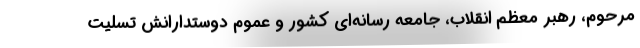
مرحوم، رهبر معظم انقلاب، جامعه رسانه‌ای کشور و عموم دوستدارانش تسلیت